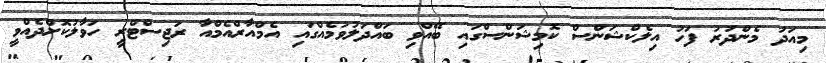
މިއަދު މެންދުރު ފަހު އިލެކްޝަންސް ކޮމިޝަންސްގައި ބޭއްވި ބައްދަލުވުމެއްގައި އެމްއާރްއެމްއާ ރަޖިސްޓްރީ ހަވާލުކޮށްދެއްވީ